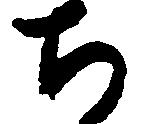
ち